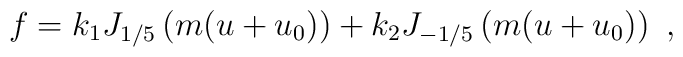
f= k_1 J_{1/5} \left( m(u+u_0) \right) + k_2 J_{-1/5} \left( m(u+u_0) \right)~,